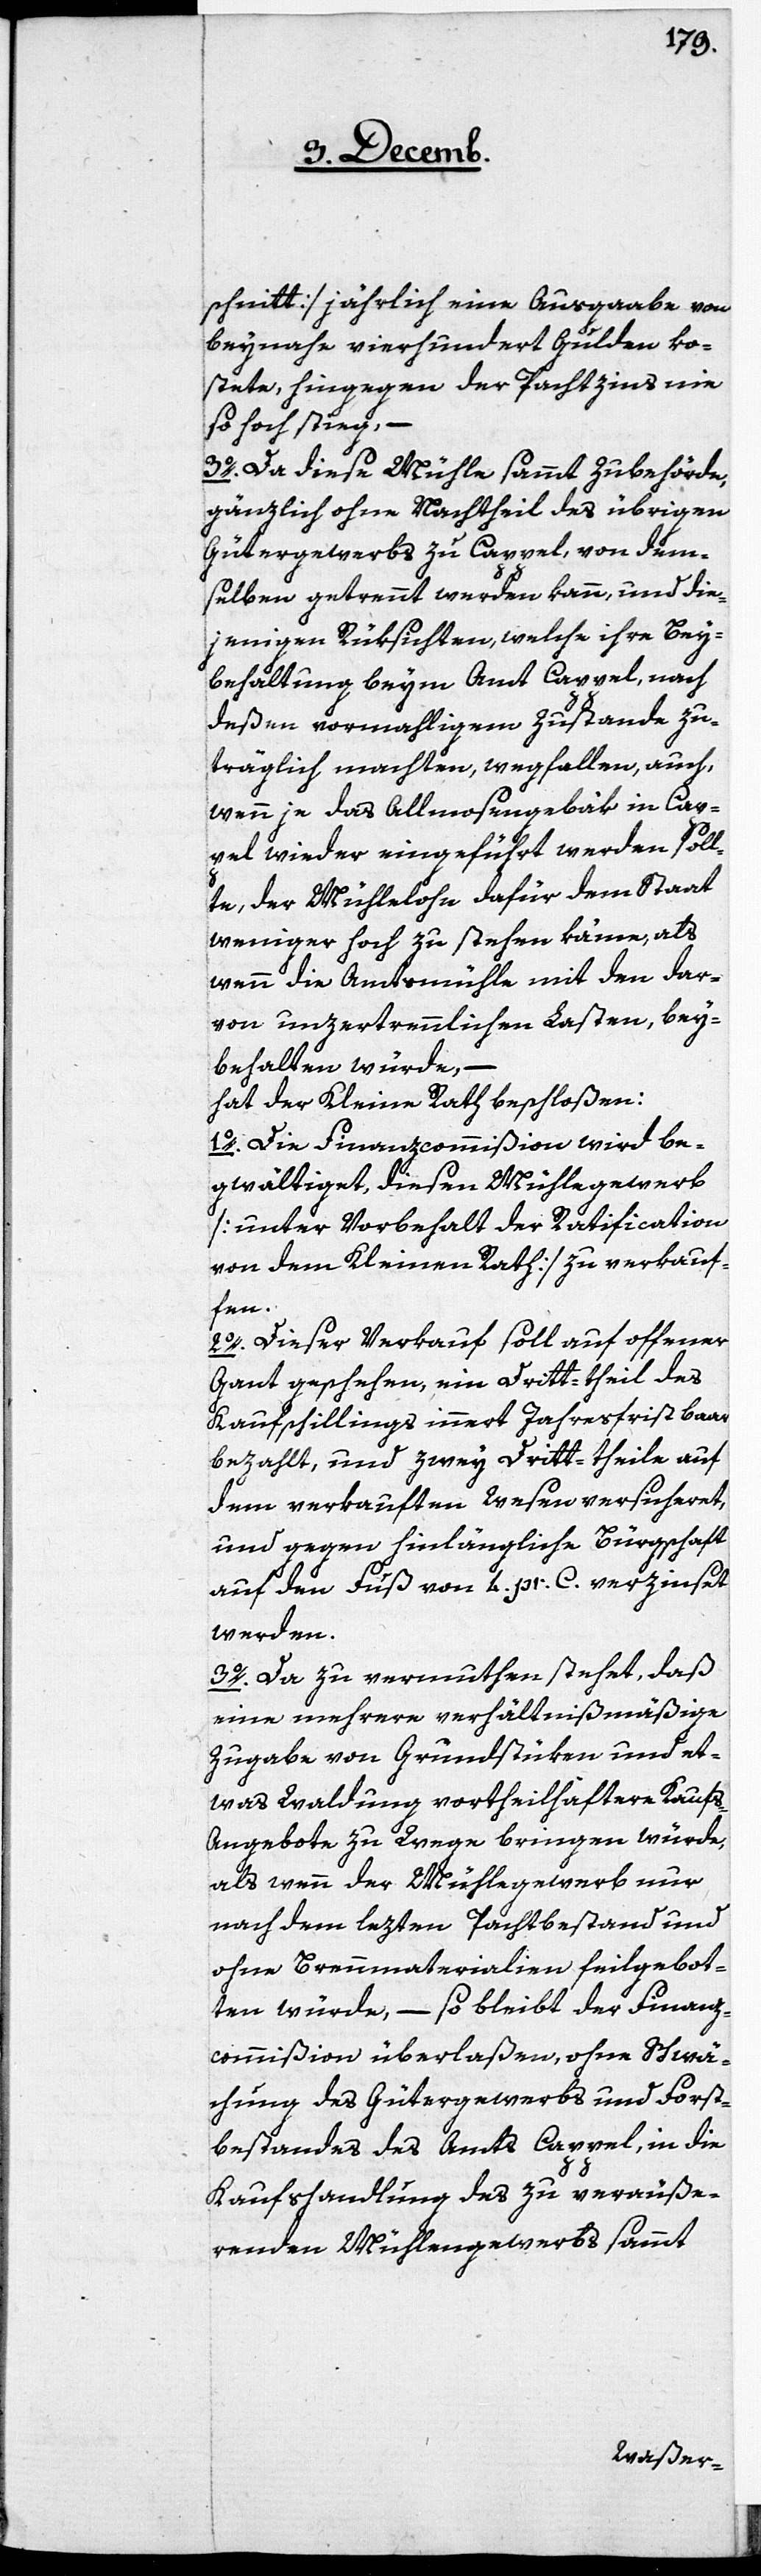
schnitt] jährlich eine Ausgabe von
beynahe vierhundert Gulden ko¬
stete, hingegen der Pachtzins nie
so hoch stieg, –
3. Da diese Mühle sammt Zubehörde,
gänzlich ohne Nachtheil des übrigen
Gütergewerbs zu Cappel, von dem¬
selben getrennt werden kann, und die¬
jenigen Rüksichten, welche ihre Bey¬
behaltung beym Amt Cappel, nach
deßen vormahligem Zustande zu¬
träglich machten, wegfallen, auch,
wenn je das Allmosengebäk in Cap¬
pel wieder eingeführt werden soll¬
te, der Mühlelohn dafür dem Staat
weniger hoch zu stehen käme, als
wenn die Amtsmühle mit den dar¬
von unzertrennlichen Lasten, bey¬
behalten würde, –
hat der Kleine Rath beschloßen:
1. Die Finanzcommißion wird be¬
gwältiget, diesen Mühlegewerb
[unter Vorbehalt der Ratification
von dem Kleinen Rath] zu verkau¬
fen.
2. Dieser Verkauf soll auf offener
Gant geschehen, ein Dritt-theil des
Kaufschillings innert Jahresfrist baar
bezahlt, und zwey Dritt-theile auf
dem verkauften Wesen versicheret,
und gegen hinlängliche Bürgschaft
auf den Fuß von 4. pr. C. verzinset
werden.
3. Da zu vermuthen stehet, daß
eine mehrere verhältnißmäßige
Zugabe von Grundstüken und et¬
was Waldung vortheilhaftere Kauf¬
s-Angebote zu Wege bringen würde,
als wenn der Mühlegewerb nur
nach dem lezten Pachtbestand und
ohne Brennmaterialien feilgebot¬
en würde, – so bleibt der Finanz¬
commißion überlaßen, ohne Schwä¬
chung des Gütergewerbs und Forst¬
bestandes des Amts Cappel, in die
Kaufshandlung des zu veräuße¬
renden Mühlengewerbs sammt